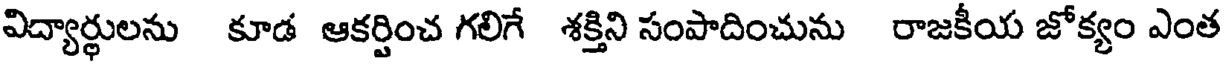
విద్యార్థులను కూడ ఆకర్షించ గలిగే శక్తిని సంపాదించును రాజకీయ జోక్యం ఎంత